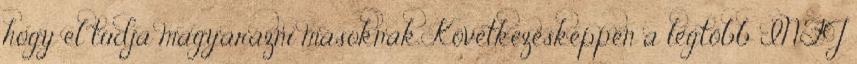
hogy el tudja magyarázni másoknak. Következésképpen a legtöbb INFJ